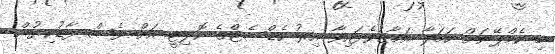
މި ކެމްޕޭނަށް ހަމަލާ އަމާޒުވެފައިވާ އިރު ހެޑްސެޓްގެ ކޮލިޓީ އަށް ވެސް ފާޑުކިޔުން